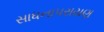
સાધનાપરાયણ